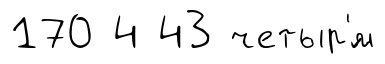
170 4 43 четыр'́м